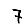
Digit: 7